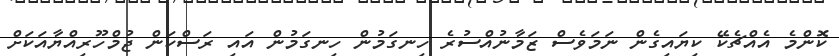
ކޮންމެ އެއްޗެކޭ ކިޔައިގެން ނަމަވެސް ޒަމާނުއްސުރެ ހިނގަމުން ހިނގަމުން އައި ރަސްކަން ޖުމްހޫރިއްޔާއަކަށް